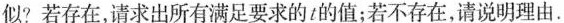
似?若存在，请求出所有满足要求的t的值；若不存在，请说明理由.